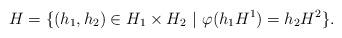
LaTeX: \begin{align*}H=\{(h_1,h_2)\in H_1\times H_2\ |\ \varphi(h_1H^1)=h_2H^2\}.\end{align*}